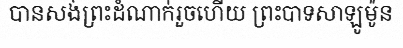
បានសង់ព្រះដំណាក់រួចហើយ ព្រះបាទសាឡូម៉ូន